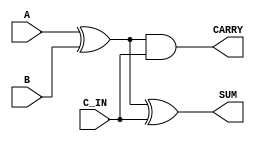
module half_adder(
    input A,
    input B,
    input C_IN,
    output SUM,
    output CARRY
);

    wire xor_ab;

    assign xor_ab = A ^ B;

    assign SUM = xor_ab ^ C_IN;
    assign CARRY = xor_ab & (C_IN);

endmodule